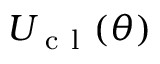
U _ { \mathrm { ~ c ~ l ~ } } ( \theta )